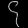
Digit: ၄